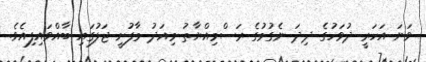
ވަނަ އަހަރީ ދުވަހުގެ ދިދަ ނެގުމުގެ ރަސްމިއްޔާތު މިއަދު މާފުށީ ޖަލުގައި ބާއްވައިފިއެވެ.